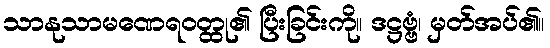
သာနုသာမဏေရဝတ္ထု၏ ပြီးခြင်းကို။ ဒဋ္ဌဗ္ဗံ၊ မှတ်အပ်၏။